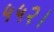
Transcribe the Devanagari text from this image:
५५२।